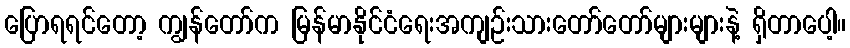
ပြောရရင်တော့ ကျွန်တော်က မြန်မာနိုင်ငံရေးအကျဉ်းသားတော်တော်များများနဲ့ ရှိတာပေါ့။